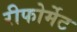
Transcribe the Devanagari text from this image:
रीफोर्मेट